Vital statistics of India. Vol. IV, Annual returns from 1871 to 1876. British Army of India, Native Army and jails of Bengal
Year: 1871
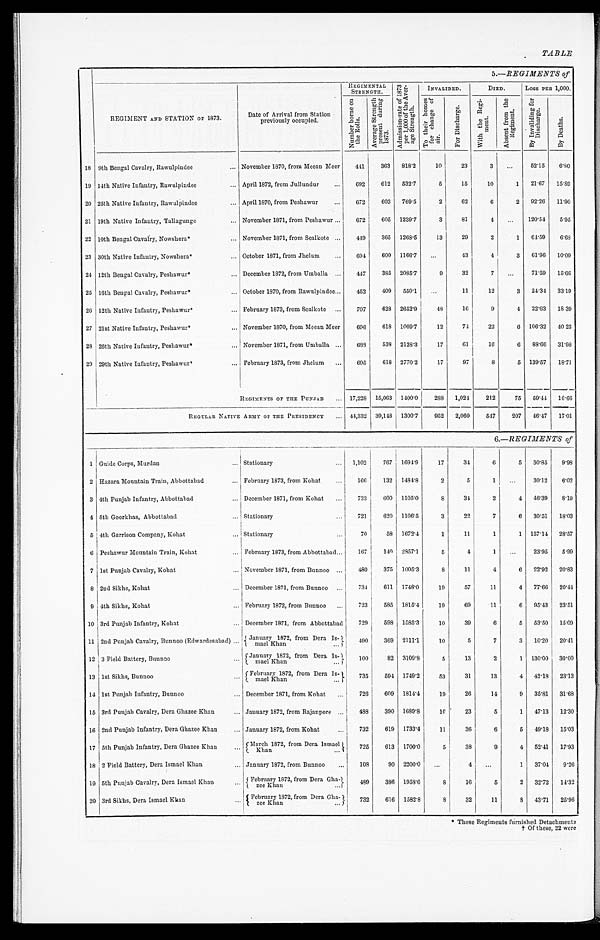
TABLE
5.— REGIMENTS of
REGIMENT AND STATION OF 1873.
Date of Arrival from Station
previously occupied.
R E G I M E N T A L
STRENGTH.
A d m i s s i o n - r a t e o f 1 8 7 3 p e r 1 , 0 0 0 t h e A v e r - a g e S t r e n g t h .
INVALIDED.
DIED.
Loss PER 1,000.
B y I n v a l i d i n g f o r D i s c h a r g e .
B y D e a t h s .
N u m b e r b o r n e o n t h e R o l l s .
A v e r a g e S t r e n g t h p r e s e n t d u r i n g 1 8 7 3 .
T o t h e i r h o me s f o r c h a n g e o f a i r .
F o r D i s c h a r g e .
W i t h t h e R e g i - m e n t .
A b s e n t f r o m t h e R e g i m e n t .
18 9th Bengal Cavalry, Rawulpindee ... November 1870, from Meean Meer
441
363
818.2
10
23
3
. . . 52.15
6.80
19 14th Native Infantry, Rawulpindee ... April 1872, from Jullundur ...
692
612
532.7
5
15
10
1
21.67
15.89
20 25th Native Infantry, Rawulpindee ... April 1870, from Peshawur ...
672
603
769.5
2
62
6
2
92.26
11.90
21 19th Native Infantry, Tallagunge ... November 1871, from Peshawur ...
672
605
1239.7
3
81
4
. . . 120.54
5.95
22 10th Bengal Cavalry, Nowshera* ... November 1871, from Sealkote ...
449
365
1268.5
13
29
2
1
64.59
6.68
23 30th Native Infantry, Nowshera* ... October 1871, from Jhelum ...
694
600
1166.7
. . .
43
4
3
61.96
10.09
24 12th Bengal Cavalry, Peshawur* ... December 1872, from Umballa ...
447
385
2085.7
9
32
7
. . . 71.59
15.66
25 16th Bengal Cavalry, Peshawur* ... October 1870, from Rawulpindee . .
452
409
550.1
. . .
11
12
3
24.34
33.19
26 12th Native Infantry, Peshawur* ... February 1873, from Sealkote ...
707
628 2652.9
48
16
9
4
22.63
18. 39
27 21st Native Infantry, Peshawur* ... November 1870, from Meean Meer
696
618
1009.7
12
74
22
6
106.32
40. 23
28 26th Native Infantry, Peshawur* ... November 1871, from Umballa ...
689
538
2128.3
17
61
16
6
88.66
31.98
29 29th Native Infantry, Peshawur* ... February 1873, from Jhelum ...
695
618
2770.2
17
97
8
5
139.57
18.1 7
REGIMENTS OF THE PUNJAB ...
17,228
15,063
1400.0
288
1,024
212
75
59.44
16.66
REGULAR NATIVE ARMY OF THE PRESIDENCY ... 44,332
39,148
1300.7
952
2,060
547
207
4 6 . 4 7
1 7 . 0 1
6. —REGIMENTS of
1 Guide Corps, Murdan ...
Stationary
1,102
767
1694.9
17
34
6
5
30.85
9.98
2 Hazara Mountain Train, Abbottabad ...
February 1873, from Kohat ...
166
132
1484.8
2
5
1
. . . 30.12
6.02
3 4th Punjab Infantry, Abbottabad ...
December 1871, from Kohat ...
733
600
1105.0
8
34
2
4
46.39
8.19
4 5th Goorkhas, Abbottabad ...
Stationary ...
721
620
1106.5
3
22
7
6
30.51
18.03
5 4th Garrison Company, Kohat ...
Stationary ...
70
58
1672.4
1
11
1
1
157.14
28.57
6 Peshawur Mountain Train, Kohat ...
February 1873, from Abbottabad ...
167
140
2857.1
5
4
1
. . .
23.95
5.99
7 1st Punjab Cavalry, Kohat ...
November 1871, from Bunnoo...
480
375
1005.3
8
11
4
6
22.92
20.83
8 2nd Sikhs, Kohat...
December 1871, from Bunnoo ...
734
611
1748.0
19
57
11
4
77.66
20.44
9 4th Sikhs, Kohat ...
February 1872, from Bunnoo...
723
585
1815.4
19
69
11
6
95.43
23.51
10 3rd Punjab Infantry, Kohat...
December 1871, from Abbottabad
729
598
1585.3
10
39
6
5
53.50
15.09
11 2nd Punjab Cavalry, Bunnoo (Edwardesabad) ...
January 1872 from Dera Is-
mael Khan ...
490
369
2111.1
10
5
7
3
10.20
20.41
12 3 Field Battery, Bunnoo...
January 1872 from Dera Is-mael Khan ...
100
82
3109.8
5
13
2
1
130.00
30.00
13 1st Sikhs, Bunnoo ...
February 1872, from Dera Is-mael Khan . . .
7 3 5
594
1749.2
53
31
13
4
42.18
23.13
14 1st Punjab Infantry, Bunnoo ...
December 1871, from Kohat ...
726
609
1814.4
19
26
14
9
35.81
31.68
15 3rd Punjab Cavalry, Dera Ghazee Khan ...
January 1872, from Rajanpore...
488
390
1689.8
1 0
23
5
1
47.13
12.30
16 2nd Punjab Infantry, Dera Ghazee Khan ...
January 1872, from Kohat ...
732
619
1733.4
11
36
6
5
49.18
15.03
17 5th Punjab Infantry, Dera Ghazee Khan...
March 1872 from Dera Ismael
K h a n . . .
725
613
1700.0
5
38
9
4
52.41
17.93
18 2 Field Battery, Dera Ismael Khan
...
January 1872, from Bunnoo ...
108
90
2200.0
. . .
4
. . .
1
37.04
9.26
1 9 5th Punjab Cavalry, Dera Ismael Khan ...
February 1872, from Dera Gha-
zee Khan ...
489
386
1958.6
8
16
5
2
32.72
14.32
20 3rd Sikhs, Dora Ismael Kkan ...
Februaruy 1872, from Dera Gha-zee Khan ...
732
616 1582.8
8
32
11
8
43.71
25.96
* These Regiments furnished Detachments
† Of these, 22 were